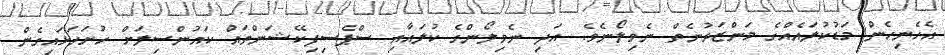
އެހެނިހެން މަޑުކުލައެއްގެ މަންޒަރުނެތް ނެވިލޯނެވެ. އަދި ނެވިލޯންގެ ކުލައާއި ސްޕެސިފިކޭޝަންތައް ކައުންސިލަށް ހުށަހަޅައިގެން